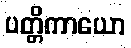
ပတ္တိကာယော